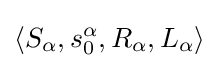
\langle S_{\alpha },s_{0}^{\alpha },R_{\alpha },L_{\alpha }\rangle